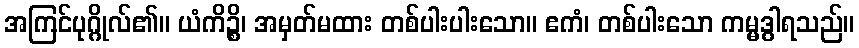
အကြင်ပုဂ္ဂိုလ်၏။ ယံကိဉ္စိ၊ အမှတ်မထား တစ်ပါးပါးသော။ ဧကံ၊ တစ်ပါးသော ကမ္မဒွါရသည်။